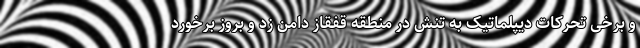
و برخی تحرکات دیپلماتیک به تنش در منطقه قفقاز دامن زد و بروز برخورد